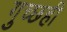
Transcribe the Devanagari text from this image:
गुच्छही